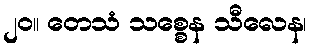
၂၀။ တေသံ သစ္စေန သီလေန၊